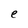
Character: e